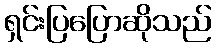
ရှင်းပြပြောဆိုသည်